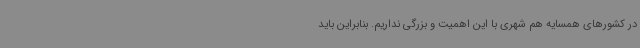
در کشورهای همسایه هم شهری با این اهمیت و بزرگی نداریم. بنابراین باید